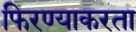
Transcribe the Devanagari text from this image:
फिरण्याकरता